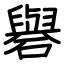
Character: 礜